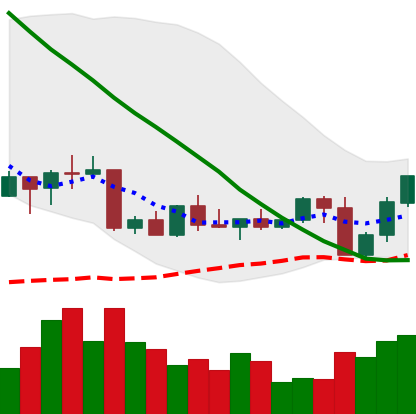
Ticker: NEO-USD
Chart end date: 2022-09-09
Forward return: -8.012%
Label: down_7plus